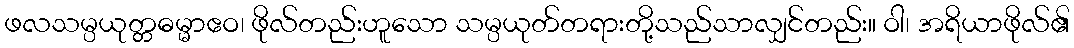
ဖလသမ္ပယုတ္တဓမ္မာဧဝ၊ ဖိုလ်တည်းဟူသော သမ္ပယုတ်တရားတို့သည်သာလျှင်တည်း။ ဝါ၊ အရိယာဖိုလ်၏